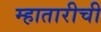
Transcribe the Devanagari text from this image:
म्हातारीची